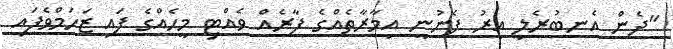
"ދެން އެނބުރެލި އިރު ފެނުނީ އިމާރާތެއްގެ ފާރެއް ވެއްޓި މީހެއްގެ ފައި ޒަހަމްވެފައި